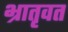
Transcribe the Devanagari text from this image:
भ्रातृवत